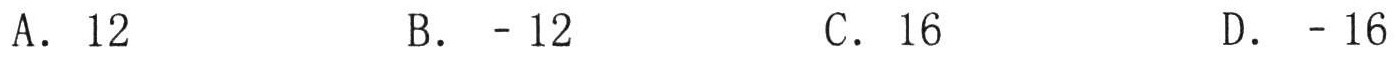
A. \(12\)  B. \(-12\)  C. \(16\)  D. \(-16\)